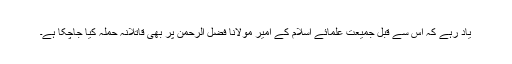
یاد رہے کہ اس سے قبل جمیعت علمائے اسلام کے امیر مولانا فضل الرحمٰن پر بھی قاتلانہ حملہ کیا جاچکا ہے۔